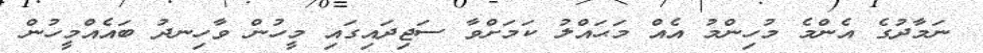
ނަމާދުގެ އެންމެ މުހިންމު އެއް މަޙައްލު ކަމަށްވާ ސަޖިދައިގައި މީހުން ވާހިނދު ބައެއްމީހުން